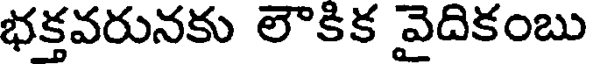
భక్తవరునకు లౌకిక వైదికంబు